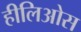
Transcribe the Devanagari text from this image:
हीलिओस